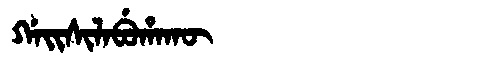
Manchu: ᡤᠠᡳᠰᡳᠯᠠᠪᡠᡥᠠᡴᡡ
Romanization: GAISILABUHAKŪ